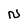
Character: N